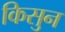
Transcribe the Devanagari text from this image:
किसुन